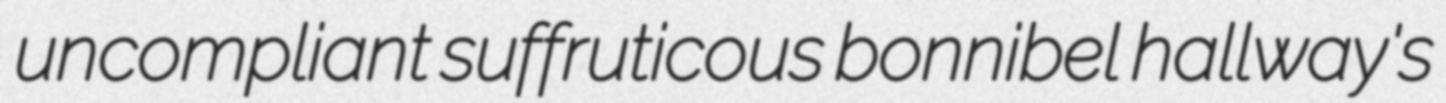
uncompliant suffruticous bonnibel hallway's